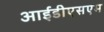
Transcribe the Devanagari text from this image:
आईडीएसएम